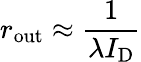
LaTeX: r_{\mathrm{out}}\approx{\frac{1}{\lambda I_{\mathrm{D}}}}